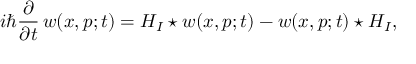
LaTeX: i \hbar \frac { \partial } { \partial t } \, w ( x , p ; t ) = { \cal H } _ { I } \star w ( x , p ; t ) - w ( x , p ; t ) \star { \cal H } _ { I } ,